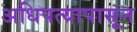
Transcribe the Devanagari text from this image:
अधिपत्यापासून